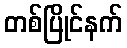
တစ်ပြိုင်နက်